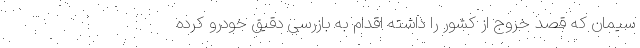
سیمان که قصد خروج از کشور را داشته اقدام به بازرسی دقیق خودرو کرده